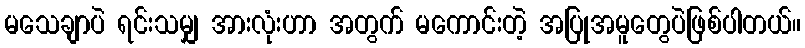
မသေချာပဲ ရင်းသမျှ အားလုံးဟာ အတွက် မကောင်းတဲ့ အပြုအမူတွေပဲဖြစ်ပါတယ်။